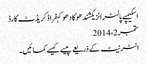
اسکیمپے پالٹرانزیکشندھوکادھوکہفراڈکریڈٹ کارڈ
ستمبر 2، 2014
انٹرنیٹ کے ذریعے پیسے کیسے کمائیں۔